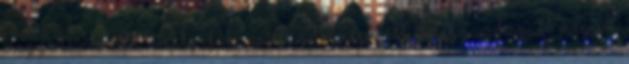
megye tartozott, amelyek az ország legnépesebb és leggazdagabb megyéi